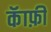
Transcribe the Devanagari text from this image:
कॅाफ़ी